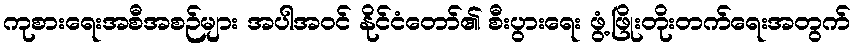
ကုစားရေးအစီအစဉ်များ အပါအဝင် နိုင်ငံတော်၏ စီးပွားရေး ဖွံ့ဖြိုးတိုးတက်ရေးအတွက်